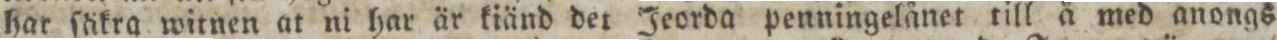
har ſäkra witnen at ni har är kiänd der Jeorda penningelånet till å med anongs